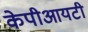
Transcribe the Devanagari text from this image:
केपीआयटी